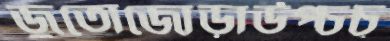
জুতোজোড়াউপ্‌চচ্